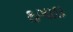
ઠગાઇ